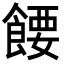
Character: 𬲘